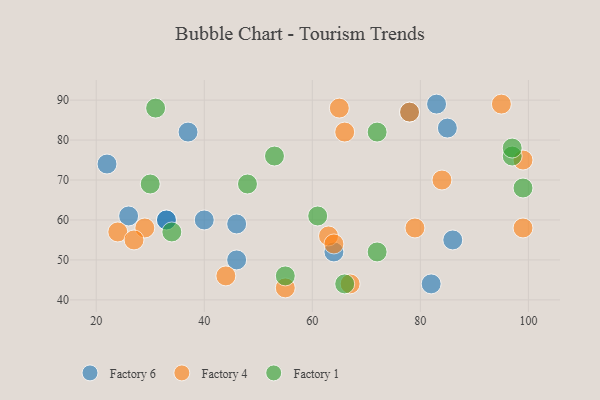
{"axis": {"x": "GDP", "y": "Life Expectancy"}, "legend": ["Factory 1", "Factory 4", "Factory 6"], "data": [{"x": "86", "y": 55, "type": "Factory 6"}, {"x": "33", "y": 60, "type": "Factory 6"}, {"x": "82", "y": 44, "type": "Factory 6"}, {"x": "64", "y": 52, "type": "Factory 6"}, {"x": "85", "y": 83, "type": "Factory 6"}, {"x": "37", "y": 82, "type": "Factory 6"}, {"x": "46", "y": 50, "type": "Factory 6"}, {"x": "83", "y": 89, "type": "Factory 6"}, {"x": "46", "y": 59, "type": "Factory 6"}, {"x": "78", "y": 87, "type": "Factory 6"}, {"x": "40", "y": 60, "type": "Factory 6"}, {"x": "22", "y": 74, "type": "Factory 6"}, {"x": "33", "y": 60, "type": "Factory 6"}, {"x": "26", "y": 61, "type": "Factory 6"}, {"x": "55", "y": 43, "type": "Factory 4"}, {"x": "66", "y": 82, "type": "Factory 4"}, {"x": "79", "y": 58, "type": "Factory 4"}, {"x": "67", "y": 44, "type": "Factory 4"}, {"x": "29", "y": 58, "type": "Factory 4"}, {"x": "63", "y": 56, "type": "Factory 4"}, {"x": "65", "y": 88, "type": "Factory 4"}, {"x": "99", "y": 58, "type": "Factory 4"}, {"x": "64", "y": 54, "type": "Factory 4"}, {"x": "95", "y": 89, "type": "Factory 4"}, {"x": "78", "y": 87, "type": "Factory 4"}, {"x": "44", "y": 46, "type": "Factory 4"}, {"x": "84", "y": 70, "type": "Factory 4"}, {"x": "99", "y": 75, "type": "Factory 4"}, {"x": "24", "y": 57, "type": "Factory 4"}, {"x": "27", "y": 55, "type": "Factory 4"}, {"x": "66", "y": 44, "type": "Factory 1"}, {"x": "53", "y": 76, "type": "Factory 1"}, {"x": "61", "y": 61, "type": "Factory 1"}, {"x": "30", "y": 69, "type": "Factory 1"}, {"x": "34", "y": 57, "type": "Factory 1"}, {"x": "48", "y": 69, "type": "Factory 1"}, {"x": "31", "y": 88, "type": "Factory 1"}, {"x": "55", "y": 46, "type": "Factory 1"}, {"x": "97", "y": 76, "type": "Factory 1"}, {"x": "97", "y": 78, "type": "Factory 1"}, {"x": "99", "y": 68, "type": "Factory 1"}, {"x": "72", "y": 52, "type": "Factory 1"}, {"x": "72", "y": 82, "type": "Factory 1"}]}